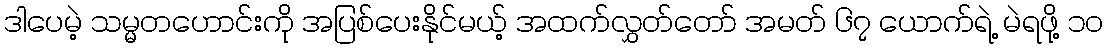
ဒါပေမဲ့ သမ္မတဟောင်းကို အပြစ်ပေးနိုင်မယ့် အထက်လွှတ်တော် အမတ် ၆၇ ယောက်ရဲ့ မဲရဖို့ ၁၀